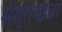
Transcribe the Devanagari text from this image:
संग्रामाचा